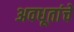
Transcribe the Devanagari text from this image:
अवधूतांचे